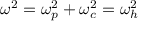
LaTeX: \omega ^ { 2 } = \omega _ { p } ^ { 2 } + \omega _ { c } ^ { 2 } = \omega _ { h } ^ { 2 }